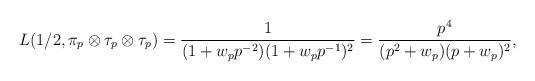
LaTeX: \begin{align*} L(1/2,\pi_p\otimes \tau_p\otimes \tau_p) = \frac{1}{(1+w_pp^{-2})(1+w_pp^{-1})^2} = \frac{p^4}{(p^2+w_p)(p+w_p)^2},\end{align*}